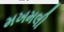
મખમલી